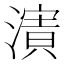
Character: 𱨽